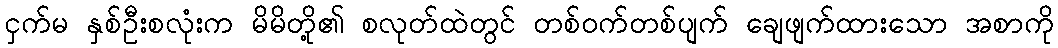
ငှက်မ နှစ်ဦးစလုံးက မိမိတို့၏ စလုတ်ထဲတွင် တစ်ဝက်တစ်ပျက် ချေဖျက်ထားသော အစာကို